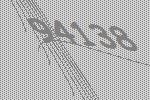
94138